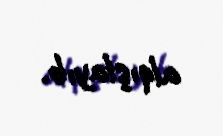
alqışlayıb.